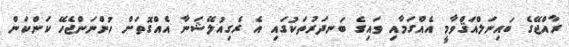
ރާއްޖޭގެ ބައިނަލްއަޤްވާމީ އެއްގަމާއި ވައިގެ ބަނދަރުތަކުގައި އެ ރެގިއުލޭޝަނާ އެއްގޮތަށް ހުންނަންޖެހޭ ކަންކަން